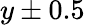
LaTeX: y\pm 0.5